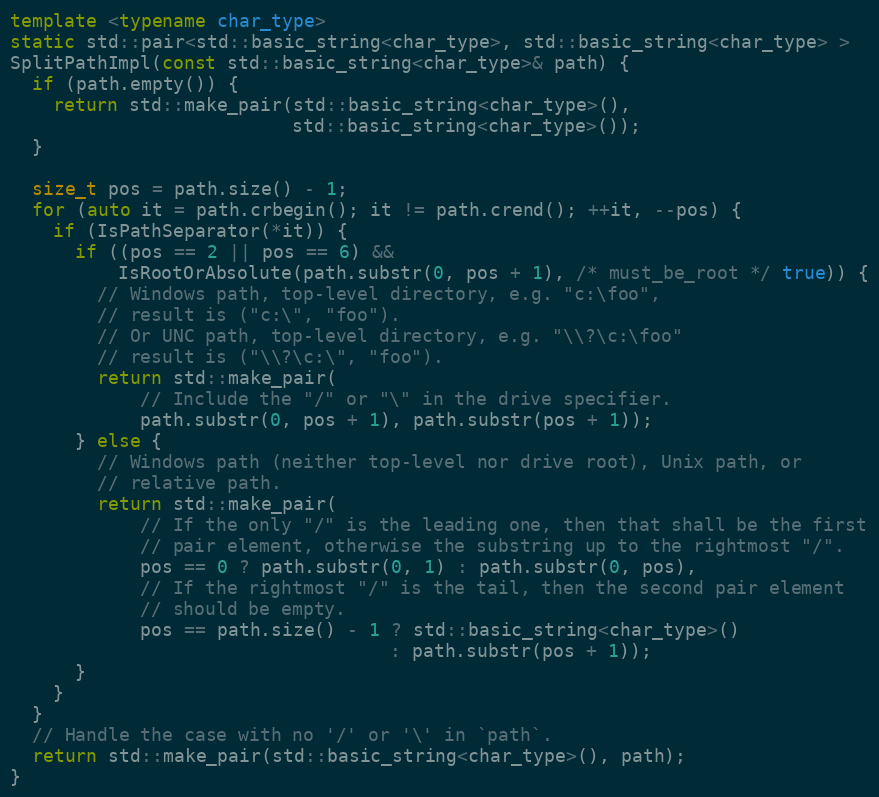
Language: C++
template <typename char_type>
static std::pair<std::basic_string<char_type>, std::basic_string<char_type> >
SplitPathImpl(const std::basic_string<char_type>& path) {
  if (path.empty()) {
    return std::make_pair(std::basic_string<char_type>(),
                          std::basic_string<char_type>());
  }

  size_t pos = path.size() - 1;
  for (auto it = path.crbegin(); it != path.crend(); ++it, --pos) {
    if (IsPathSeparator(*it)) {
      if ((pos == 2 || pos == 6) &&
          IsRootOrAbsolute(path.substr(0, pos + 1), /* must_be_root */ true)) {
        // Windows path, top-level directory, e.g. "c:\foo",
        // result is ("c:\", "foo").
        // Or UNC path, top-level directory, e.g. "\\?\c:\foo"
        // result is ("\\?\c:\", "foo").
        return std::make_pair(
            // Include the "/" or "\" in the drive specifier.
            path.substr(0, pos + 1), path.substr(pos + 1));
      } else {
        // Windows path (neither top-level nor drive root), Unix path, or
        // relative path.
        return std::make_pair(
            // If the only "/" is the leading one, then that shall be the first
            // pair element, otherwise the substring up to the rightmost "/".
            pos == 0 ? path.substr(0, 1) : path.substr(0, pos),
            // If the rightmost "/" is the tail, then the second pair element
            // should be empty.
            pos == path.size() - 1 ? std::basic_string<char_type>()
                                   : path.substr(pos + 1));
      }
    }
  }
  // Handle the case with no '/' or '\' in `path`.
  return std::make_pair(std::basic_string<char_type>(), path);
}